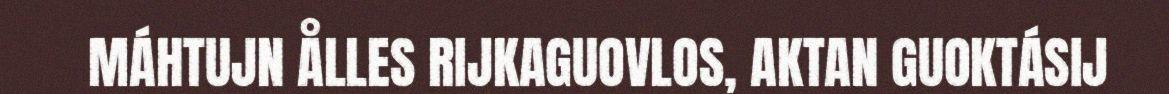
MÁHTUJN ÅLLES RIJKAGUOVLOS, AKTAN GUOKTÁSIJ